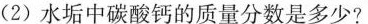
(2)水垢中碳酸钙的质量分数是多少?